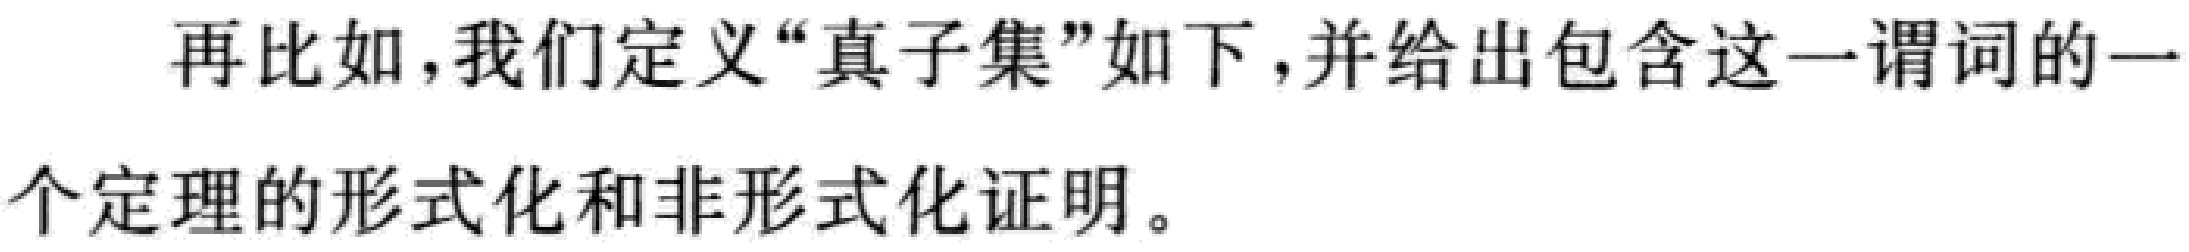
再比如，我们定义“真子集”如下，并给出包含这一谓词的一
个定理的形式化和非形式化证明。